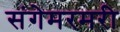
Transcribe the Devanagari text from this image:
संगेमरमरी